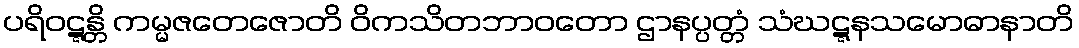
ပရိဝဋ္ဋန္တိ ကမ္မဇတေဇောတိ ဝိကသိတဘာဝတော ဌာနပ္ပတ္တံ သံဃဋ္ဋနသမောဓာနာတိ